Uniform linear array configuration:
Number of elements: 4
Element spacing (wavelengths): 1
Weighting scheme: kaiser
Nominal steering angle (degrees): -15
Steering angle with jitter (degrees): -16.677
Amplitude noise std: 0.05
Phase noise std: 0.05

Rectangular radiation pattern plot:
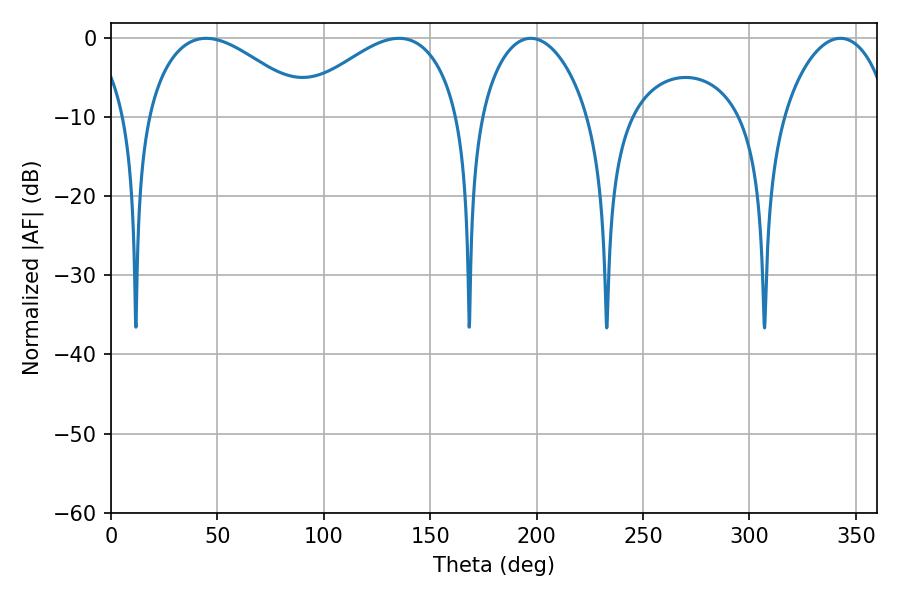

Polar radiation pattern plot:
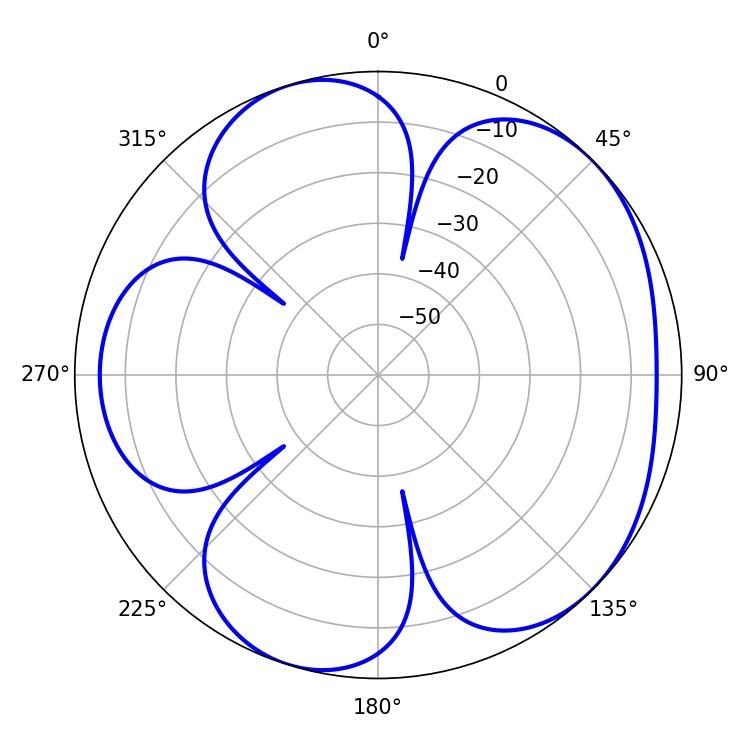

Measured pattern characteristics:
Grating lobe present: TRUE
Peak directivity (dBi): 5.027
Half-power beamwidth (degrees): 28.8
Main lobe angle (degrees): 197.28